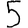
Digit: 5